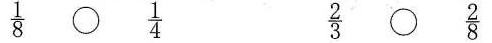
\frac{1}{8} \circ \frac{2}{8}\frac{2}{3} \circ \frac{1}{4}